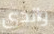
والدى